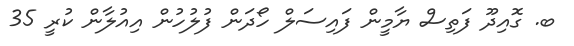
ބ. ގޮއިދޫ ފަތިސް ޔާމީން ފައިސަލް ހޯދަން ފުލުހުން އިއުލާން ކުރީ 35